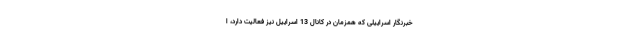
خبرنگار اسراییلی که همزمان در کانال 13 اسراییل نیز فعالیت دارد، ا